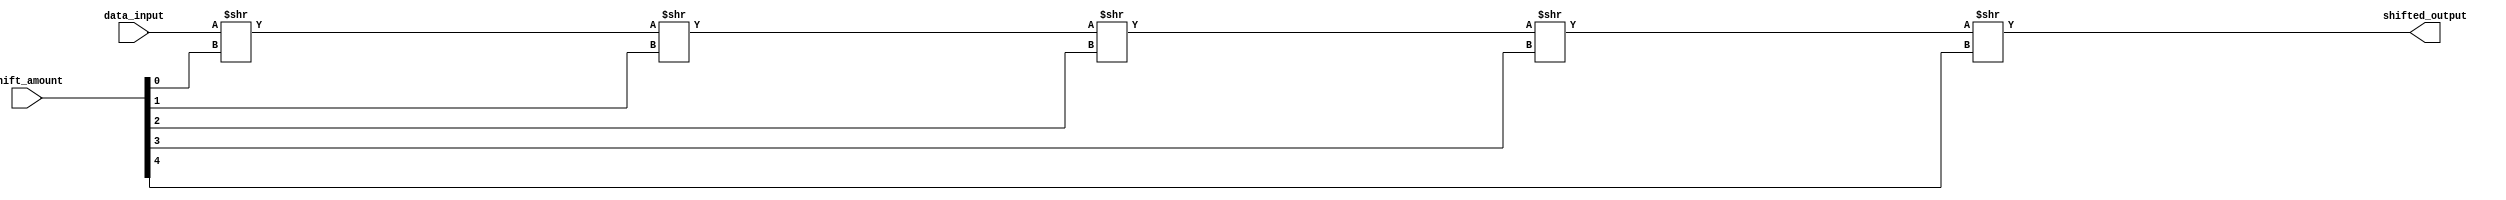
module BarrelShifter (
    input wire [31:0] data_input, // 32-bit input data
    input wire [4:0] shift_amount, // 5-bit shift amount
    output reg [31:0] shifted_output // 32-bit output data
);

// Declare internal signals for each stage of the binary tree
reg [31:0] stage_0_output, stage_1_output, stage_2_output, stage_3_output;

// Stage 0: Arithmetic unit performing shift operation
always @* begin
    stage_0_output = data_input >> shift_amount[0];
end

// Stage 1: Arithmetic unit performing shift operation
always @* begin
    stage_1_output = stage_0_output >> shift_amount[1];
end

// Stage 2: Arithmetic unit performing shift operation
always @* begin
    stage_2_output = stage_1_output >> shift_amount[2];
end

// Stage 3: Arithmetic unit performing shift operation
always @* begin
    stage_3_output = stage_2_output >> shift_amount[3];
end

// Output the final shifted data
always @* begin
    shifted_output = stage_3_output >> shift_amount[4];
end

endmodule